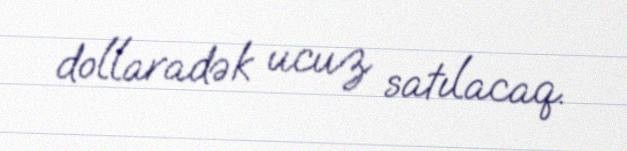
dollaradək ucuz satılacaq.